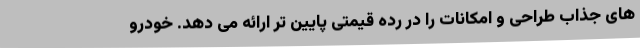
های جذاب طراحی و امکانات را در رده قیمتی پایین تر ارائه می دهد. خودرو